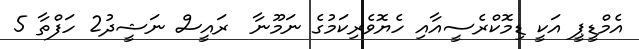
އެމްޑީޕީ އަކީ ޑިމޮކްރެސީއާއި ހެޔޮވެރިކަމުގެ ނަމޫނާ  ރައީސް ނަޝީދު2 ހަފްތާ 5